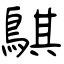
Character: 鶀